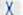
X